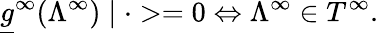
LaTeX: \underline{{{g}}}^{\infty}(\Lambda^{\infty})\mid\cdot>=0\Leftrightarrow\Lambda^{\infty}\in T^{\infty}.